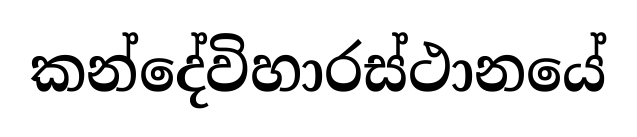
කන්දේවිහාරස්ථානයේ